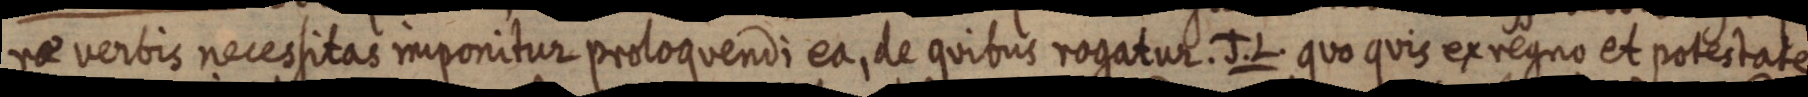
re verbis necessitas imponitur proloquendi ea, de quibus rogatur. J. L. quo quis ex regno et potestate